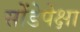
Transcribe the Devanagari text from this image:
सोंडेपेक्षा